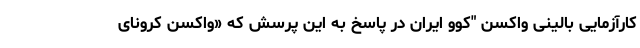
کارآزمایی بالینی واکسن "کوو ایران در پاسخ به این پرسش که «واکسن کرونای